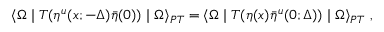
\langle \Omega \mid T ( \eta ^ { u } ( x ; - \Delta ) { \bar { \eta } ( 0 ) } ) \mid \Omega \rangle _ { P T } = \langle \Omega \mid T ( \eta ( x ) { \bar { \eta } } ^ { u } ( 0 ; \Delta ) ) \mid \Omega \rangle _ { P T } \; ,